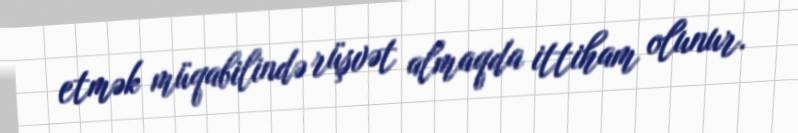
etmək müqabilində rüşvət almaqda ittiham olunur.